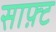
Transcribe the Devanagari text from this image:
साफ़्ट